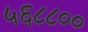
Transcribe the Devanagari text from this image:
५६८८००